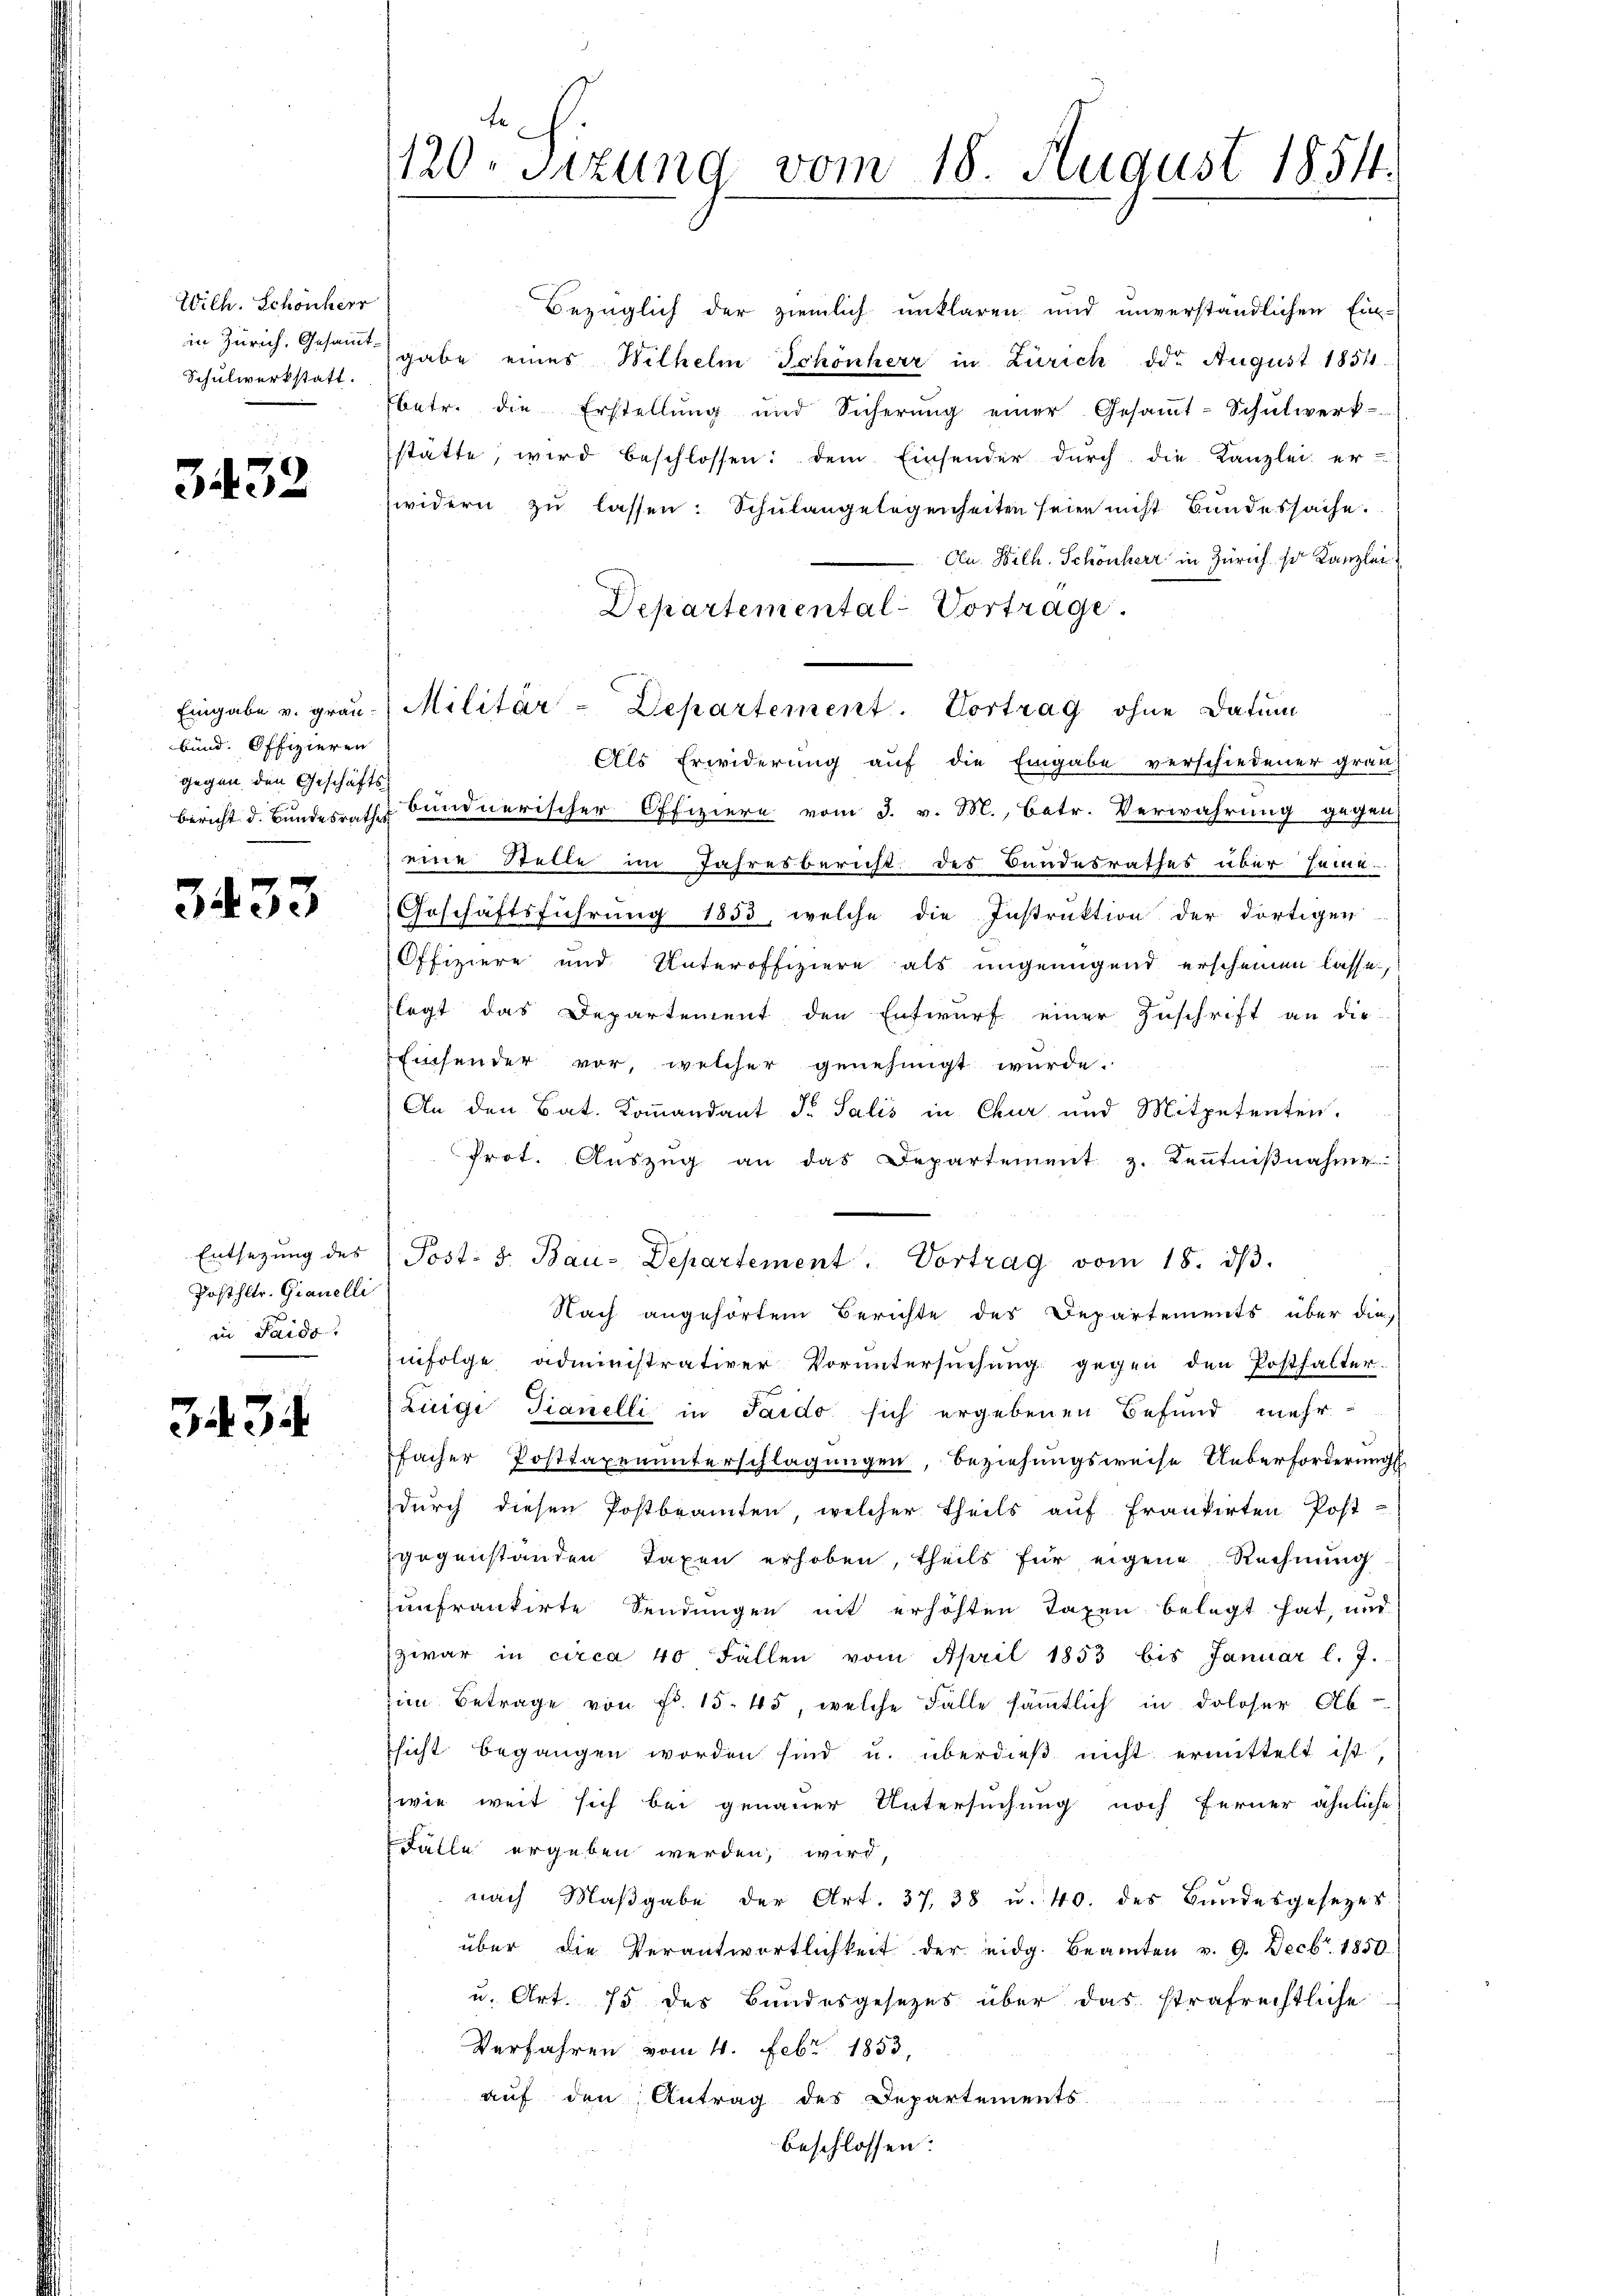
Wilh. Schönherr
in Zürich, Gesammt-
Schulwerkstatt.

3432

bund. Offizieren
gegen den Geschäfts

3433

Entsetzung des
Posthltr. Granelli
in Saids.

3434

120. Sizung vom 18. August 1854.

Eingabe v. grau (Militär-Departement. Vortrag ohne Datum

Bezüglich der ziemlich unklaren und unverständlichen Ein-
gabe eines Wilhelm Schönherr in Zürich der August 1854.
betr. die Erstellŭng und Sicherŭng einer Gesaṁt-Schŭlwerk-
stätte, wird beschlossen: dem Einsender durch die Kanzlei er-
widern zu lassen: Schulangelegenheiten seien nicht Bundessache.
Cu. Wilh. Schönherr in Zürich so Kanzlei
Departemental-Vortrage.
Als Erwiderung auf die Eingabe verschiedener grau-
Bericht d. Bundesrath bundnerischer Offiziere vom 3. v. M., betr. Verwahrung gegen
eine Stelle im Jahresbericht des Bandesrathes über seine
Geschäftsführung 1853, welche die Instruktion der dortigen
Offiziere und Unteroffiziere als ungenügend erscheinen lasse,
legt das Departement den Entwurf einer Zuschrift an die
Einsender vor, welcher genehmigt wurde.
An den Bat. Kommandant Fr. Salis in Chur und Mitpetenten.
Prot. Auszug an das Departement z. Kenntnißnahm
Post: 8. Bau-Departement. Vortrag vom 18. dβ.
Nach angehörtem Berichte des Departements über die
infolge administrativer Voruntersuchung gegen den Posthalter
Luigi Tianelli in Jaido sich ergebenen Befund mehr
facher Posttaxenunterschlagungen, Beziehungsweise Ueberforderungs
durch diesen Postbeamten, welcher theils auf Frankirten Post-
gegenständen Taxen erhoben, theils für eigene Rechnung
unfrankirte Sendungen mit erhöhten Taxen belegt hat, und
zwar in circa 40 Fällen vom April 1853 bis Januar l. J.
im Betrage von Fr. 15. 45, welche Fälle sämmtlich in doloser Absicht begangen worden sind u. überdieß nicht ermittelt ist,
wie weit sich bei genauer Untersuchung noch ferner ähnliche
Fälle ergeben werden, wird,
nach Maβgabe der Art. 37, 38 u. 40. des Bundesgesezes
über die Verantwortlichkeit der eidg. Beamten v. 9. Decbr. 1850.
u. Art. 75 des Bundesgesezes über das strafrechtliche
Verfahren vom 4. Febr 1853
auf den Antrag des Departements
beschlossen: